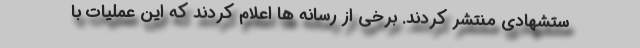
ستشهادی منتشر کردند. برخی از رسانه ها اعلام کردند که این عملیات با